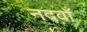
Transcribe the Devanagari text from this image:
नदवाँ